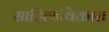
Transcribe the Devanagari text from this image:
साहित्यविकास